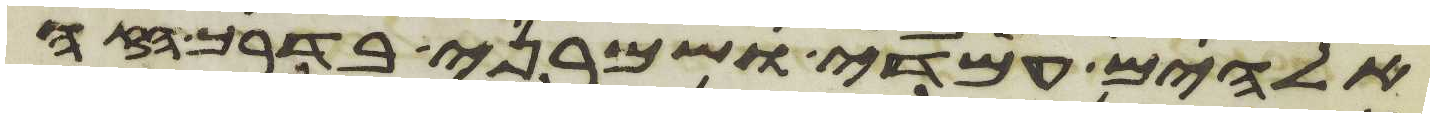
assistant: אלהים עמדי ושמרני בדרך הזה